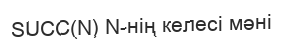
SUCC(N) N-нің келесі мәні